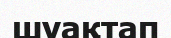
шуақтап